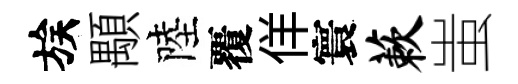
族顒陸覆佯寰蔌蚩